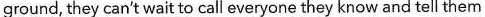
ground, they can't wait to call everyone they know and tell them